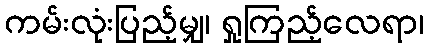
ကမ်းလုံးပြည့်မျှ၊ ရှုကြည့်လေရာ၊